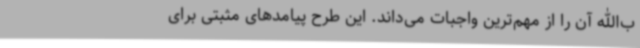
ب‌الله آن را از مهم‌ترین واجبات می‌داند. این طرح پیامدهای مثبتی برای